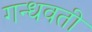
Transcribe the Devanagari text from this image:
गन्धवती